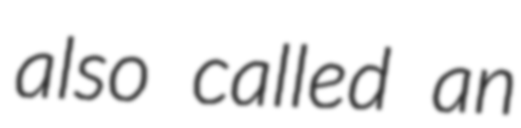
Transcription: also called an